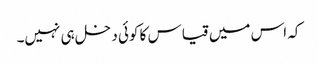
کہ اس میں قیاس کا کوئی دخل ہی نہیں۔